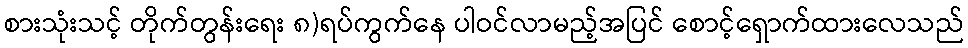
စားသုံးသင့် တိုက်တွန်းရေး ၈)ရပ်ကွက်နေ ပါဝင်လာမည့်အပြင် စောင့်ရှောက်ထားလေသည်